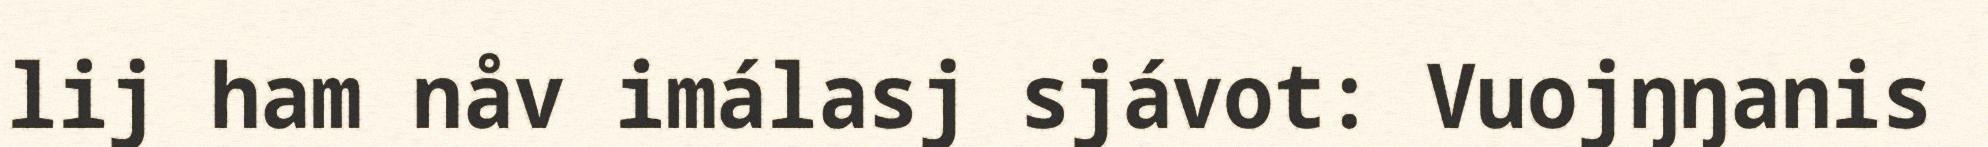
lij ham nåv imálasj sjávot: Vuojŋŋanis